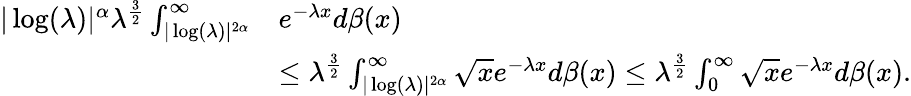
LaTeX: \begin{array}{rl}{|\log(\lambda)|^{\alpha}\lambda^{\frac{3}{2}}\int_{|\log(\lambda)|^{2\alpha}}^{\infty}}&{e^{-\lambda x}d\beta(x)}\\ &{\leq\lambda^{\frac{3}{2}}\int_{|\log(\lambda)|^{2\alpha}}^{\infty}\sqrt{x}e^{-\lambda x}d\beta(x)\leq\lambda^{\frac{3}{2}}\int_{0}^{\infty}\sqrt{x}e^{-\lambda x}d\beta(x).}\end{array}